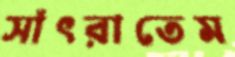
সাঁৎরাতেম